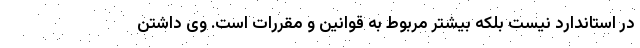
در استاندارد نیست بلکه بیشتر مربوط به قوانین و مقررات است. وی داشتن